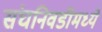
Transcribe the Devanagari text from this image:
संघनिवडीमध्ये